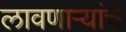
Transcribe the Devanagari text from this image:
लावणाऱ्यांचे